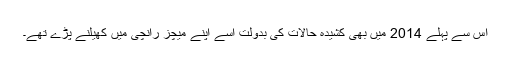
اس سے پہلے 2014 میں بھی کشیدہ حالات کی بدولت اسے اپنے میچز رانچی میں کھیلنے پڑے تھے۔